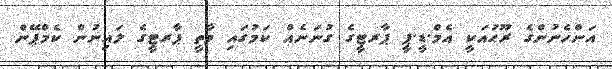
އަންހެނުންގެ ރޫޙުއަކީ އެމް.ޑީ.ޕީ ޕާރޓީގެ ގުނަނެއް ކަމުގައި ވާތީ ޕާރޓީގެ ލައިނުން ކެމްޕޭން